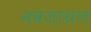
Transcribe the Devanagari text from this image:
नवजाग्रण